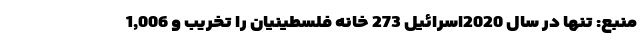
منبع: تنها در سال 2020اسرائیل 273 خانه فلسطینیان را تخریب و 1,006